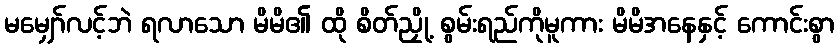
မမျှော်လင့်ဘဲ ရလာသော မိမိ၏ ထို စိတ်ညှို့ စွမ်းရည်ကိုမူကား မိမိအနေနှင့် ကောင်းစွာ